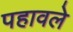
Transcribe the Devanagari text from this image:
पहावले